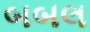
બબલ